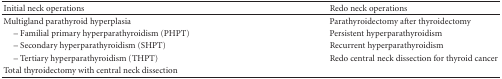
<table><thead><tr><td><b>Initial neck operations</b></td><td><b>Redo neck operations</b></td></tr></thead><tbody><tr><td>Multigland parathyroid hyperplasia</td><td>Parathyroidectomy after thyroidectomy</td></tr><tr><td> – Familial primary hyperparathyroidism (PHPT)</td><td>Persistent hyperparathyroidism</td></tr><tr><td> – Secondary hyperparathyroidism (SHPT)</td><td>Recurrent hyperparathyroidism</td></tr><tr><td> – Tertiary hyperparathyroidism (THPT)</td><td>Redo central neck dissection for thyroid cancer</td></tr><tr><td>Total thyroidectomy with central neck dissection</td><td></td></tr></tbody></table>